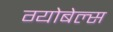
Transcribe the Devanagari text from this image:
ग्योबेल्स